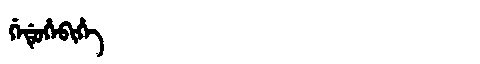
Manchu: ᡤᡝᡩᡠᡥᡝᠪᡳᡥᡝ
Romanization: GEDUHEBIHE